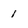
Character: 1